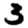
Digit: 3